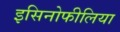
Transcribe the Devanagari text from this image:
इसिनोफीलिया